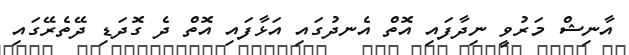
އާނިޝް މަރުވީ ނިދާފައި އޮތް އެނދުގައި އަޅާފައި އޮތް ދެ ގޮދަޑި ދޭތެރޭގައި